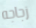
زجاجه